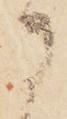
に